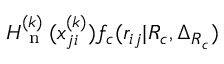
H _ { \mathrm { ~ n ~ } } ^ { ( k ) } ( x _ { j i } ^ { ( k ) } ) f _ { c } ( r _ { i j } | R _ { c } , \Delta _ { R _ { c } } )